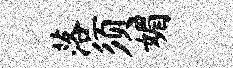
落须媚